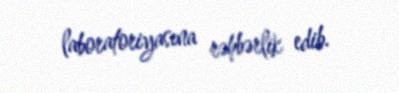
laboratoriyasına rəhbərlik edib.